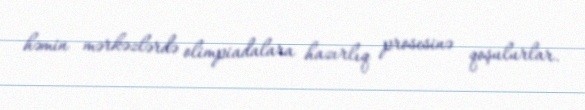
həmin mərkəzlərdə olimpiadalara hazırlıq prosesinə qoşulurlar.